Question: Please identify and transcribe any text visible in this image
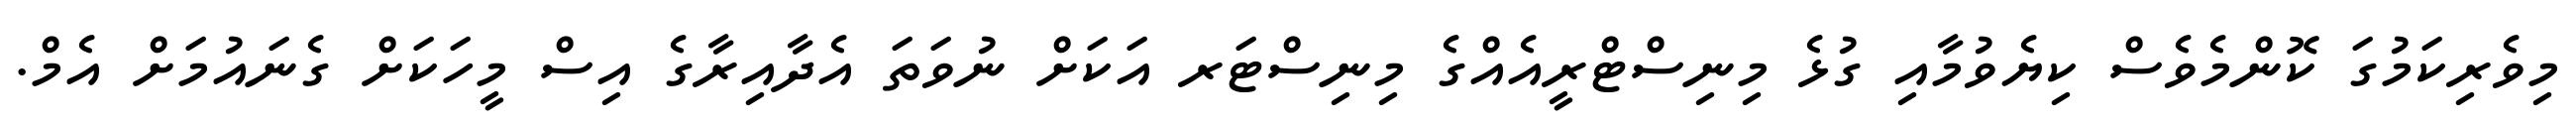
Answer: މިވެރިކަމުގަ ކޮންމެވެސް ކިޔެވުމާއި ގުޅެ މިނިސްޓްރީއެއްގެ މިނިސްޓަރ އަކަށް ނުވަތަ އެދާއިރާގެ އިސް މީހަކަށް ގެނައުމަށް އެމް.